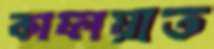
কাফায়াত